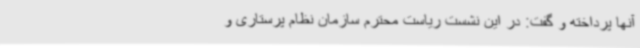
آنها پرداخته و گفت: در این نشست ریاست محترم سازمان نظام پرستاری و